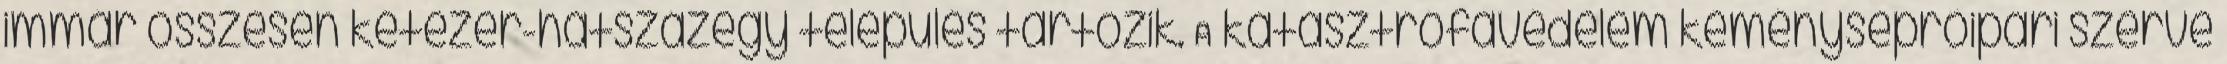
immár összesen kétezer-hatszázegy település tartozik. A katasztrófavédelem kéményseprőipari szerve